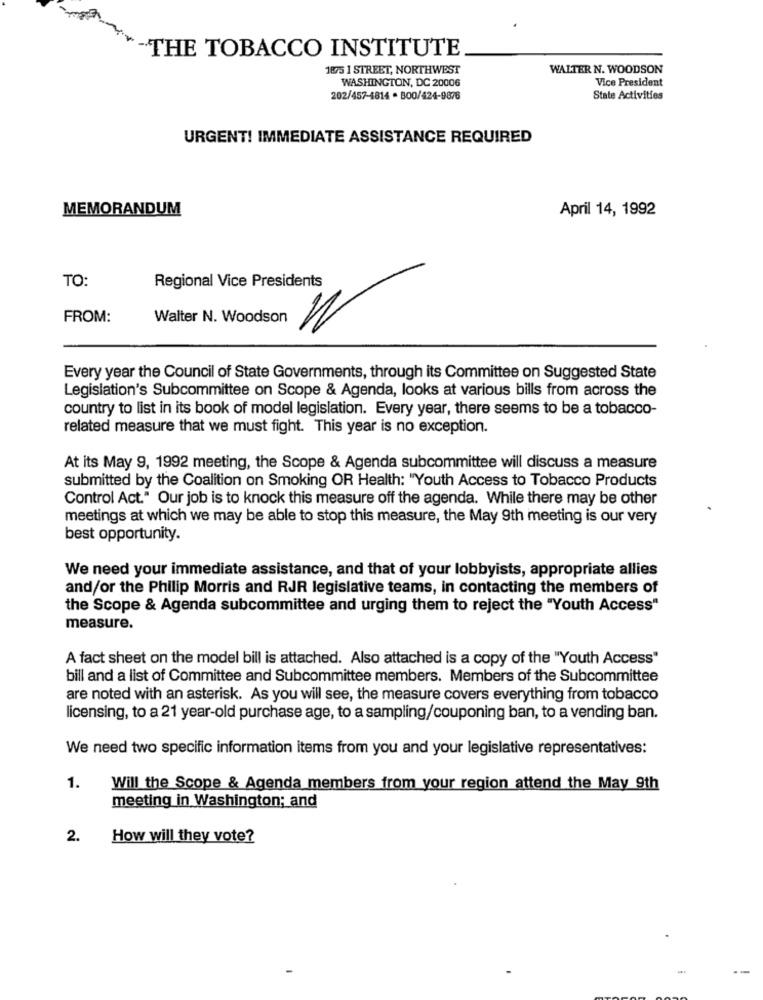
-THE TOBACCO INSTITUTE
1875 1 STREET, NORTHWEST
WALTER N. WOODSON
WASHINGTON, DC 20006
Vice President
202/457-1814 . 800/424-9878
State Activities
URGENT! IMMEDIATE ASSISTANCE REQUIRED
MEMORANDUM
April 14, 1992
TO:
Regional Vice Presidents
FROM:
Walter N. Woodson
Every year the Council of State Governments, through its Committee on Suggested State
Legislation's Subcommittee on Scope & Agenda, looks at various bills from across the
country to list in its book of model legislation. Every year, there seems to be a tobacco-
related measure that we must fight. This year is no exception.
At its May 9, 1992 meeting, the Scope & Agenda subcommittee will discuss a measure
submitted by the Coalition on Smoking OR Health: "Youth Access to Tobacco Products
Control Act." Our job is to knock this measure off the agenda. While there may be other
meetings at which we may be able to stop this measure, the May 9th meeting is our very
best opportunity.
We need your immediate assistance, and that of your lobbyists, appropriate allies
and/or the Philip Morris and RJR legislative teams, in contacting the members of
the Scope & Agenda subcommittee and urging them to reject the "Youth Access"
measure.
A fact sheet on the model bill is attached. Also attached is a copy of the "Youth Access"
bill and a list of Committee and Subcommittee members. Members of the Subcommittee
are noted with an asterisk. As you will see, the measure covers everything from tobacco
licensing, to a 21 year-old purchase age, to a sampling/couponing ban, to a vending ban.
We need two specific information items from you and your legislative representatives:
1.
Will the Scope & Agenda members from your region attend the May 9th
meeting in Washington; and
2.
How will they vote?